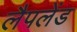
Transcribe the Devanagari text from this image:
लैपलेंड